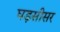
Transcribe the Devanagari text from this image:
घड़सीसर